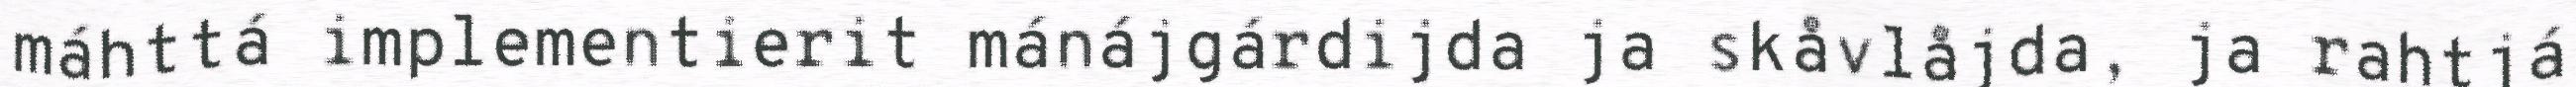
máhttá implementierit mánájgárdijda ja skåvlåjda, ja rahtjá